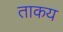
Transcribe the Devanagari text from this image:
ताकय